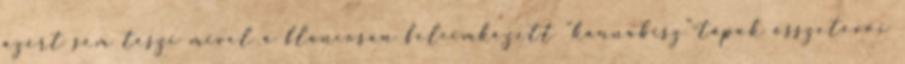
azért sem teszi mivel a flancosan felcimkézett “kannabisz”-tápok összetevői